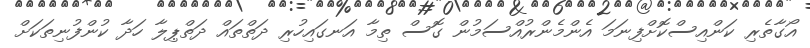
އޯގާތެރި ކަންއިސްކޮށްފިނަމަ އެންމެންރުއްސަމުން ގޮސް ތިމާ އަނގައިހުރި ދަތްތައް ދަތްޕިލާ ހަދާ ކުންފުނިތަކަށް